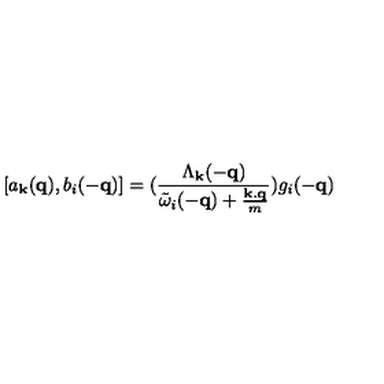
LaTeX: [ a _ { { \bf { k } } } ( { \bf { q } } ) , b _ { i } ( - { \bf { q } } ) ] = ( \frac { \Lambda _ { { \bf { k } } } ( - { \bf { q } } ) } { { \tilde { \omega } } _ { i } ( - { \bf { q } } ) + \frac { { \bf { k . q } } } { m } } ) g _ { i } ( - { \bf { q } } )